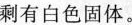
剩有白色固体。